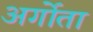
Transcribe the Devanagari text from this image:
अर्गोता